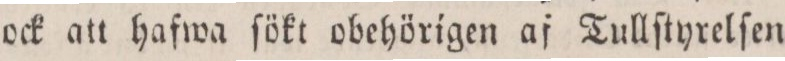
ock att hafwa ſökt obehörigen af Tullſtyrelſen